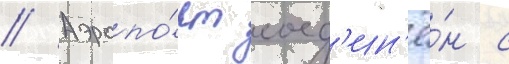
// Аэропо́рт соед'ин'ё́н с